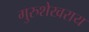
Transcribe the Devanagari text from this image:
गुरुशेखराय